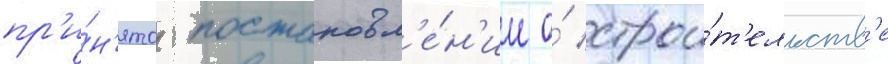
пр'и́н'ято постановл'е́н'ие о́ строи́т'ельств'е